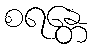
စရန္တေ